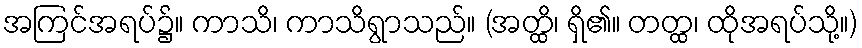
အကြင်အရပ်၌။ ကာသိ၊ ကာသိရွာသည်။ (အတ္ထိ၊ ရှိ၏။ တတ္ထ၊ ထိုအရပ်သို့။)